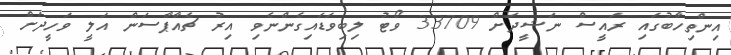
އިންތިހާބުގައި ރައީސް ނަޝީދަށް 33709 ވޯޓު ލިބިވަޑައިގެންނެވި އިރު ޗެއާޕާސަން އަލީ ވަހީދަށް